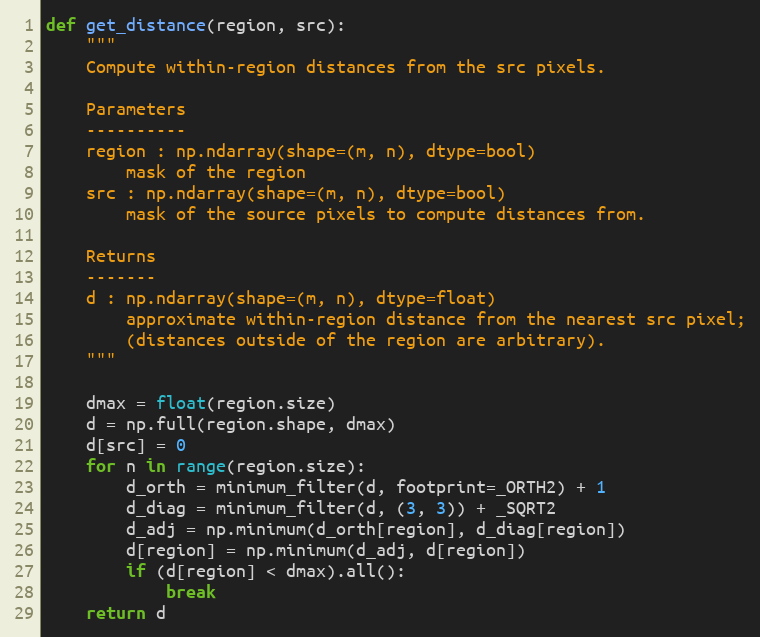
Language: Python
def get_distance(region, src):
    """
    Compute within-region distances from the src pixels.

    Parameters
    ----------
    region : np.ndarray(shape=(m, n), dtype=bool)
        mask of the region
    src : np.ndarray(shape=(m, n), dtype=bool)
        mask of the source pixels to compute distances from.

    Returns
    -------
    d : np.ndarray(shape=(m, n), dtype=float)
        approximate within-region distance from the nearest src pixel;
        (distances outside of the region are arbitrary).
    """

    dmax = float(region.size)
    d = np.full(region.shape, dmax)
    d[src] = 0
    for n in range(region.size):
        d_orth = minimum_filter(d, footprint=_ORTH2) + 1
        d_diag = minimum_filter(d, (3, 3)) + _SQRT2
        d_adj = np.minimum(d_orth[region], d_diag[region])
        d[region] = np.minimum(d_adj, d[region])
        if (d[region] < dmax).all():
            break
    return d